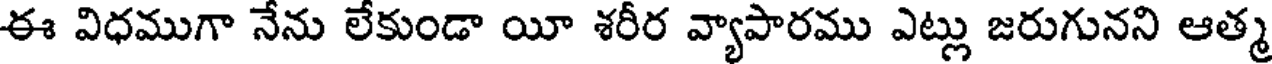
ఈ విధముగా నేను లేకుండా యీ శరీర వ్యాపారము ఎట్లు జరుగునని ఆత్మ